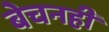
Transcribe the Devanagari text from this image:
बेचनही